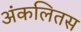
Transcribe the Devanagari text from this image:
अंकलितस